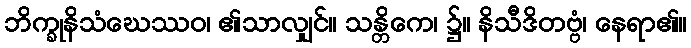
ဘိက္ခုနိသံဃေဿဝ၊ ၏သာလျှင်။ သန္တိကေ၊ ၌။ နိသီဒိတဗ္ဗံ၊ နေရာ၏။